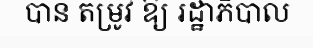
បាន តម្រូវ ឱ្យ រដ្ឋាភិបាល